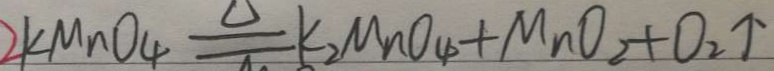
2 K M n O _ { 4 } \xlongequal { \Delta } K _ { 2 } M n O _ { 4 } + M n O _ { 2 } + O _ { 2 } \uparrow